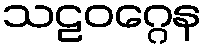
သဠဝဂ္ဂေန